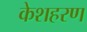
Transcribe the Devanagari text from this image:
केशहरण